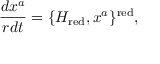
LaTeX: \frac { d x ^ { a } } { r d t } = \{ H _ { \mathrm { r e d } } , x ^ { a } \} ^ { \mathrm { r e d } } ,